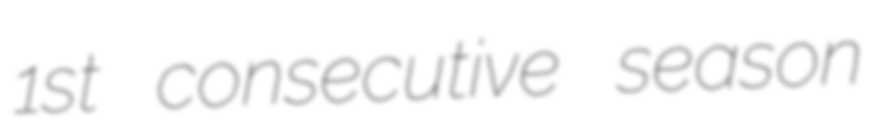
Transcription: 1st consecutive season